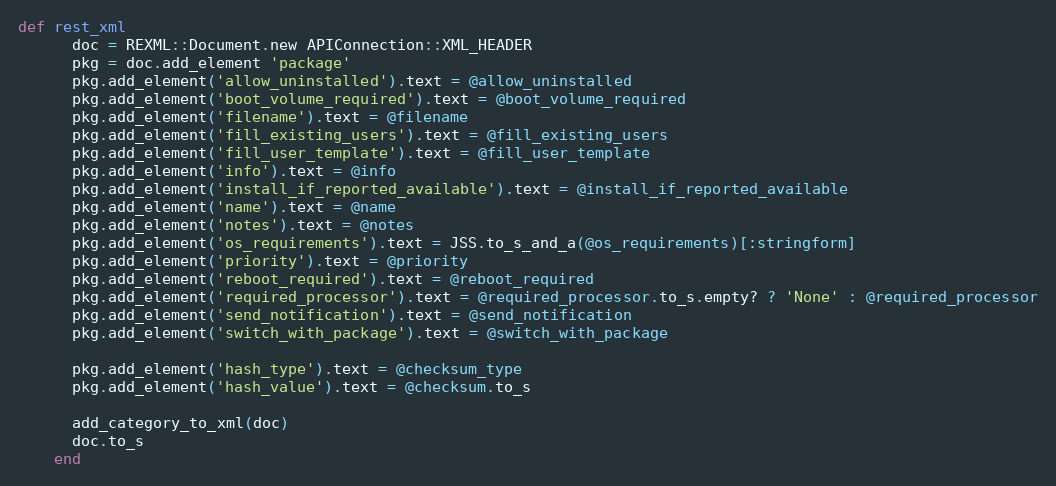
Language: Ruby
def rest_xml
      doc = REXML::Document.new APIConnection::XML_HEADER
      pkg = doc.add_element 'package'
      pkg.add_element('allow_uninstalled').text = @allow_uninstalled
      pkg.add_element('boot_volume_required').text = @boot_volume_required
      pkg.add_element('filename').text = @filename
      pkg.add_element('fill_existing_users').text = @fill_existing_users
      pkg.add_element('fill_user_template').text = @fill_user_template
      pkg.add_element('info').text = @info
      pkg.add_element('install_if_reported_available').text = @install_if_reported_available
      pkg.add_element('name').text = @name
      pkg.add_element('notes').text = @notes
      pkg.add_element('os_requirements').text = JSS.to_s_and_a(@os_requirements)[:stringform]
      pkg.add_element('priority').text = @priority
      pkg.add_element('reboot_required').text = @reboot_required
      pkg.add_element('required_processor').text = @required_processor.to_s.empty? ? 'None' : @required_processor
      pkg.add_element('send_notification').text = @send_notification
      pkg.add_element('switch_with_package').text = @switch_with_package

      pkg.add_element('hash_type').text = @checksum_type
      pkg.add_element('hash_value').text = @checksum.to_s

      add_category_to_xml(doc)
      doc.to_s
    end